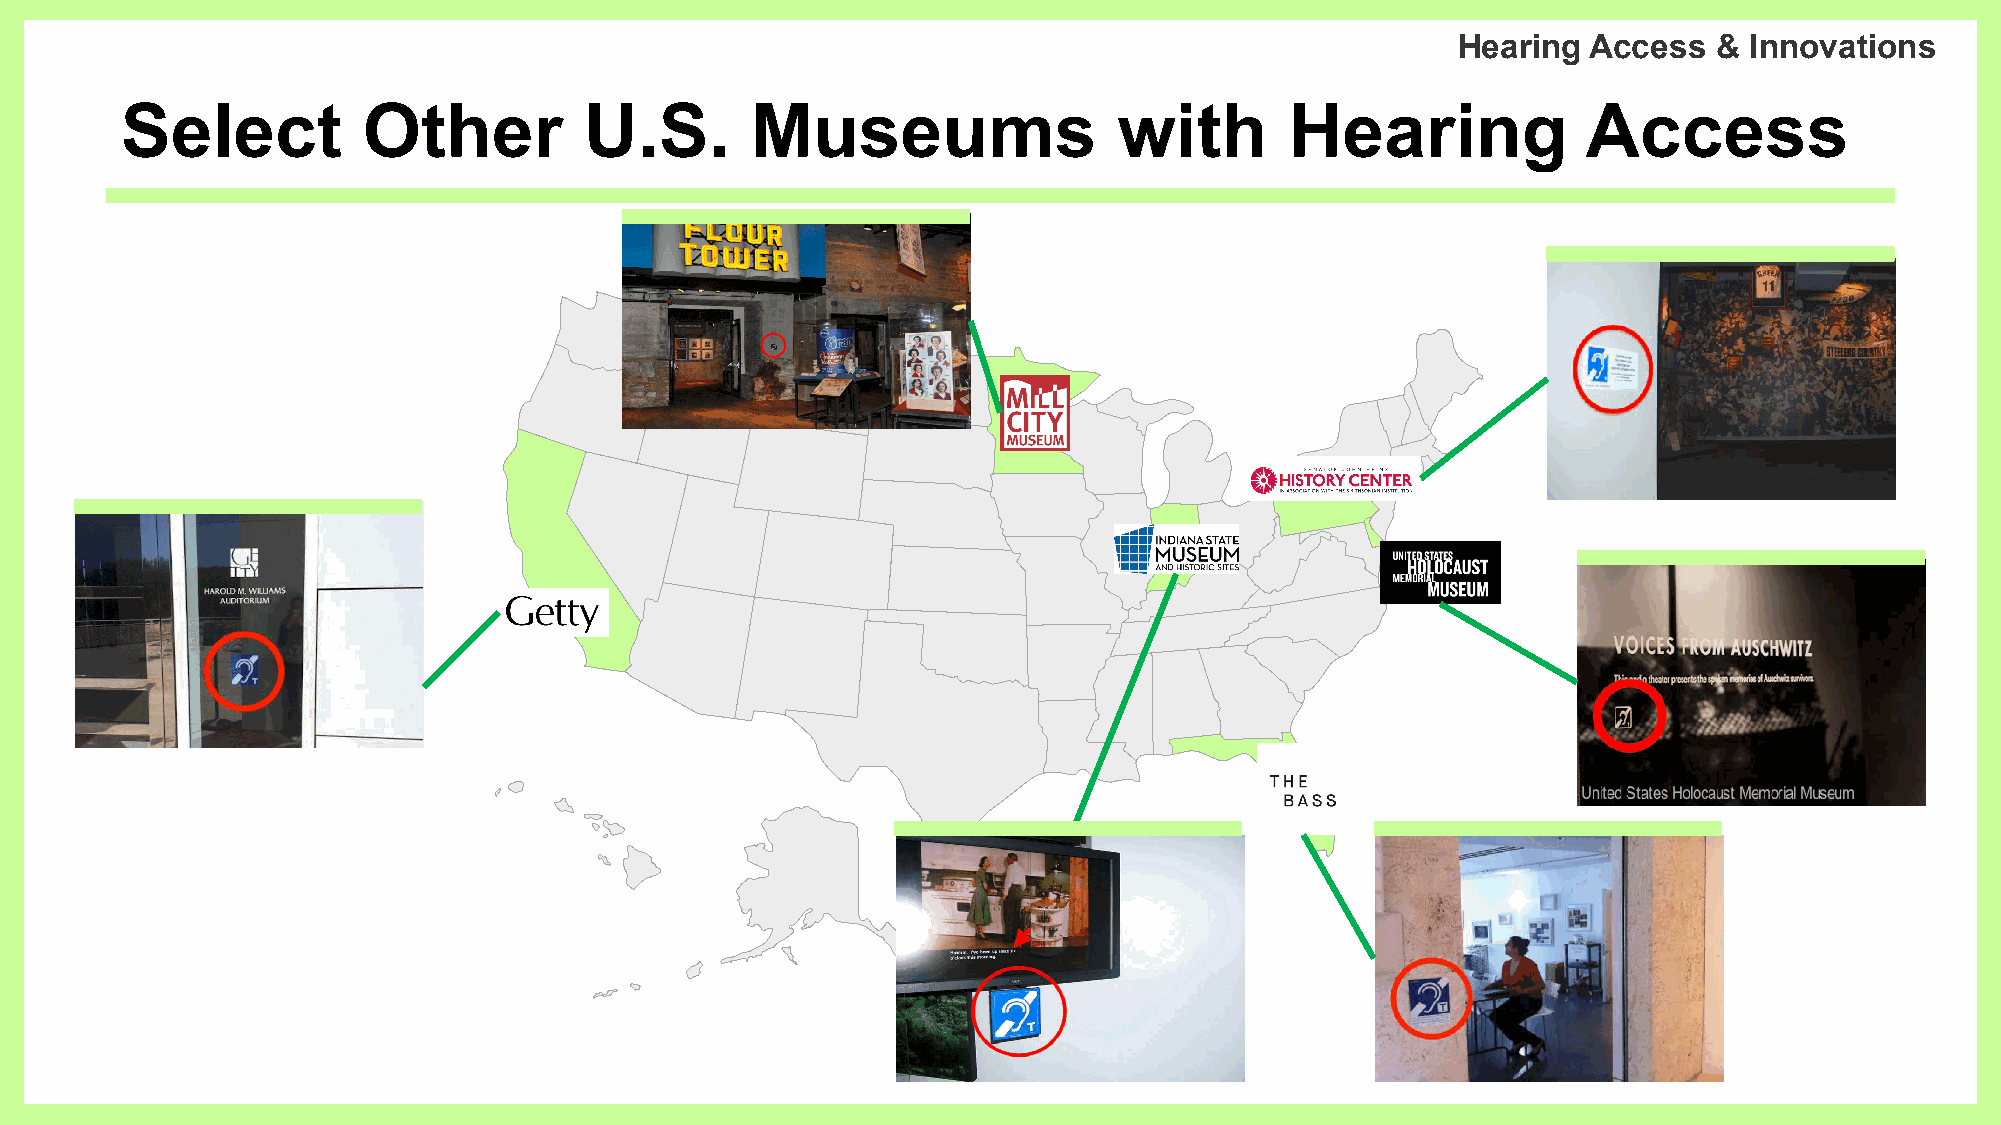
Hearing  Access   & Innovations
 Select          Other          U.S.       Museums                 with       Hearing             Access